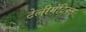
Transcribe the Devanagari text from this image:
टेलीमेटिक्स